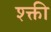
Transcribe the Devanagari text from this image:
श्क्ती